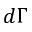
d \Gamma